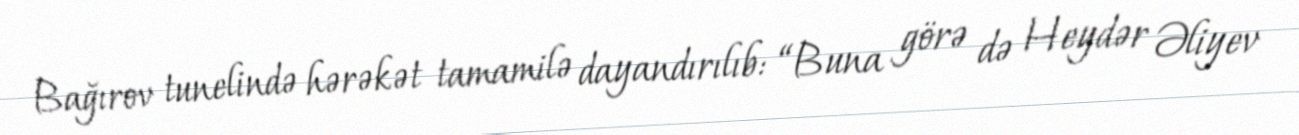
Bağırov tunelində hərəkət tamamilə dayandırılıb: “Buna görə də Heydər Əliyev